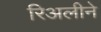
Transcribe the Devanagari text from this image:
रिअलीने